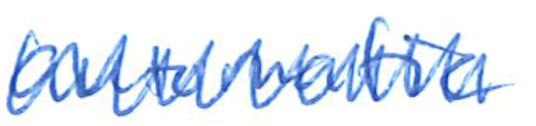
Text: automatic
Cross-out: zig-zag
Writing tool: ballpoint